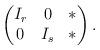
LaTeX: \begin{align*}\begin{pmatrix}I_r & 0 & *\\0 & I_s& *\end{pmatrix}.\end{align*}